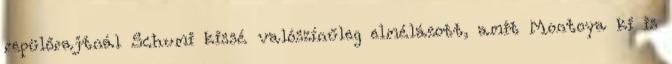
repülőrajtnál Schumi kissé valószínűleg elmélázott, amit Montoya ki is